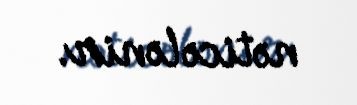
nəticələnir.